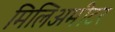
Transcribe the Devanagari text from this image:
मिलिअमीटर